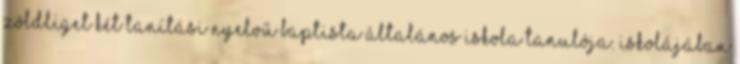
Zöldliget Két Tanítási Nyelvű Baptista Általános Iskola tanulója. Iskolájában